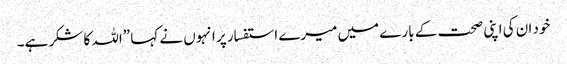
خود ان کی اپنی صحت کے بارے میں میرے استفسار پر انہوں نے کہا ”اللہ کا شکر ہے۔